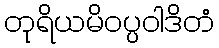
တုရိယမိဝပ္ပဝါဒိတံ